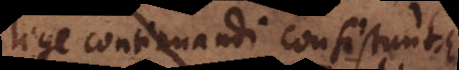
lege continuandi consistunt.